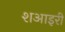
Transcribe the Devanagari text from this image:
शआइरी